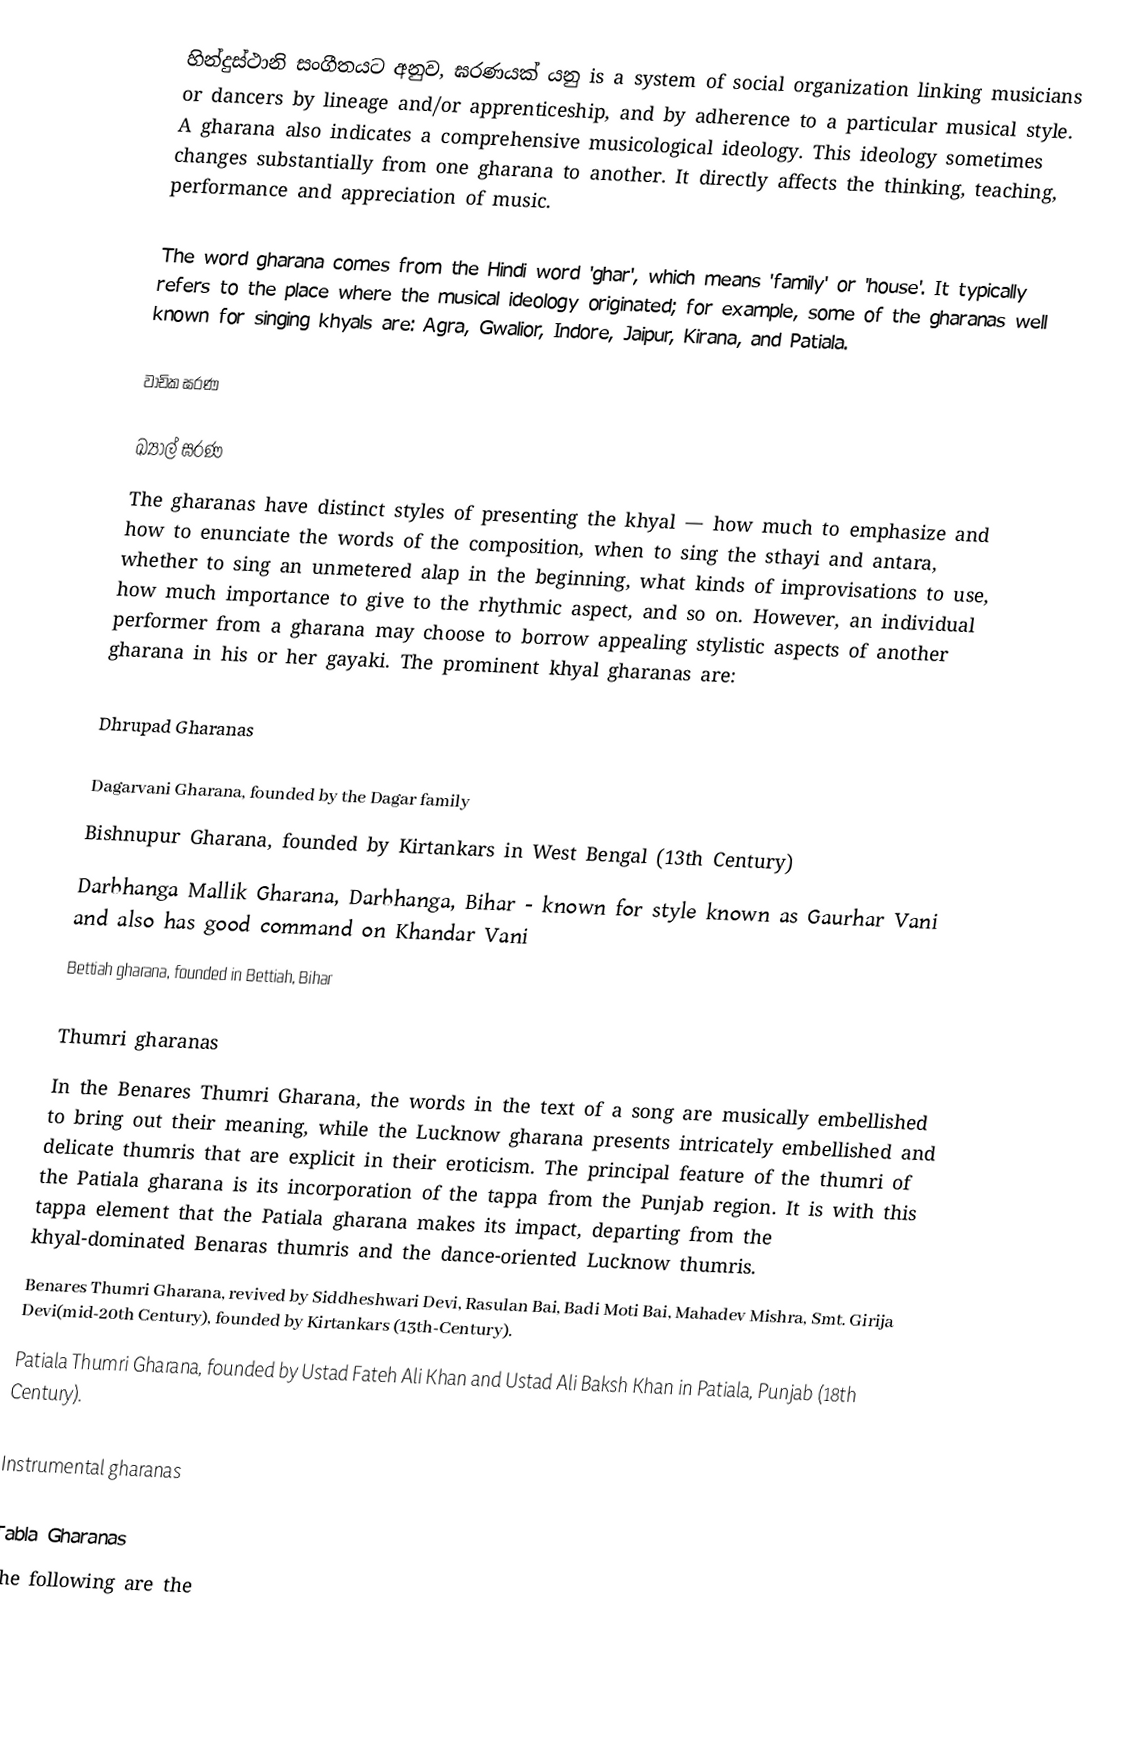
හින්දුස්ථානි සංගීතයට අනුව,  ඝරණයක් යනු is a system of social organization linking musicians or dancers by lineage and/or apprenticeship, and by adherence to a particular musical style. A gharana also indicates a comprehensive musicological ideology. This ideology sometimes changes substantially from one gharana to another. It directly affects the thinking, teaching, performance and appreciation of music.

The word gharana comes from the Hindi word 'ghar', which means 'family' or 'house'. It typically refers to the place where the musical ideology originated; for example, some of the gharanas well known for singing khyals are: Agra, Gwalior, Indore, Jaipur, Kirana, and Patiala.

වාචික ඝරණ

ඛ්‍යාල් ඝරණ
The gharanas have distinct styles of presenting the khyal — how much to emphasize and how to enunciate the words of the composition, when to sing the sthayi and antara, whether to sing an unmetered alap in the beginning, what kinds of improvisations to use, how much importance to give to the rhythmic aspect, and so on. However, an individual performer from a gharana may choose to borrow appealing stylistic aspects of another gharana in his or her gayaki. The prominent khyal gharanas are:

Dhrupad Gharanas

 Dagarvani Gharana, founded by the Dagar family
 Bishnupur Gharana, founded by Kirtankars in West Bengal (13th Century)
 Darbhanga Mallik Gharana, Darbhanga, Bihar - known for style known as Gaurhar Vani and also has good command on Khandar Vani
 Bettiah gharana, founded in Bettiah, Bihar

Thumri gharanas
In the Benares Thumri Gharana, the words in the text of a song are musically embellished to bring out their meaning, while the Lucknow gharana presents intricately embellished and delicate thumris that are explicit in their eroticism. The principal feature of the thumri of the Patiala gharana is its incorporation of the tappa from the Punjab region. It is with this tappa element that the Patiala gharana makes its impact, departing from the khyal-dominated Benaras thumris and the dance-oriented Lucknow thumris.
 Benares Thumri Gharana, revived by Siddheshwari Devi, Rasulan Bai, Badi Moti Bai, Mahadev Mishra, Smt. Girija Devi(mid-20th Century), founded by Kirtankars (13th-Century).
 Patiala Thumri Gharana, founded by Ustad Fateh Ali Khan and Ustad Ali Baksh Khan in Patiala, Punjab (18th Century).

Instrumental gharanas

Tabla Gharanas
The following are the